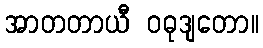
အာတတာယီ ဝဓုဒျတော။